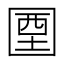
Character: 𡇽